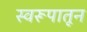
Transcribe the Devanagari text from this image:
स्वरूपातून